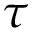
\tau